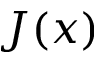
J ( x )